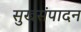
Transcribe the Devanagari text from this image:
सुखसंपादन